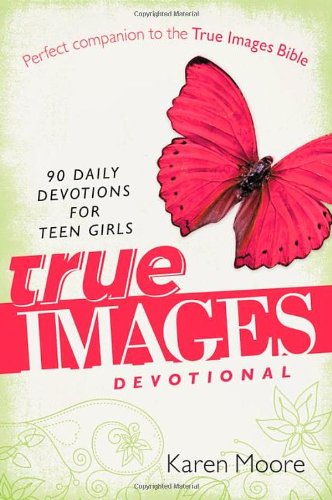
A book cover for True Images Devotional: 90 Daily Devotions for Teen Girls; Karen Moore; Christian Books & Bibles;